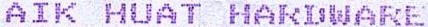
AIK HUAT HARDWARE